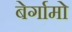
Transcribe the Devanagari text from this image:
बेर्गामो